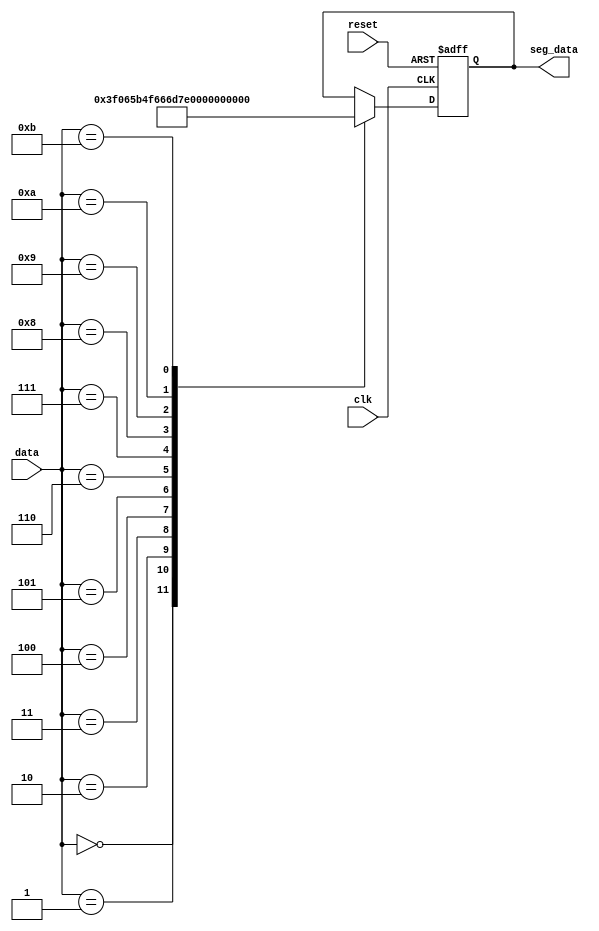
module segment_decode(
	input clk, reset,
	input [3:0] data,
	output reg [7:0] seg_data
);

	always@(posedge clk or posedge reset) begin
		if(reset == 1'b1) begin
			seg_data <= 0;
		end
		else begin
			case(data)
				4'd0 : seg_data <= 8'b0011_1111;
				4'd1 : seg_data <= 8'b0000_0110;
				4'd2 : seg_data <= 8'b0101_1011;
				4'd3 : seg_data <= 8'b0100_1111;
				4'd4 : seg_data <= 8'b0110_0110;
				4'd5 : seg_data <= 8'b0110_1101;
				4'd6 : seg_data <= 8'b0111_1101;
				4'd7 : seg_data <= 8'b0010_0111;
				4'd8 : seg_data <= 8'b0111_1111;
				4'd9 : seg_data <= 8'b0110_0111;
				4'd10: seg_data <= 8'b0100_0000;
				4'd11: seg_data <= 8'b1000_0000;
				default : seg_data <= seg_data;
			endcase
		end
	end

endmodule